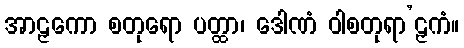
အာဠှကော စတုရော ပတ္ထာ၊ ဒေါဏံ ဝါစတုရာ’ဠှကံ။